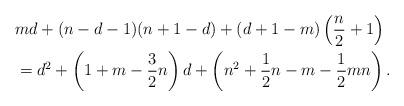
LaTeX: \begin{align*}\begin{aligned} & md + (n-d-1)(n+1-d) + (d+1-m) \left( \frac{n}{2}+1 \right)\\ &= d^2 + \left(1 + m - \frac{3}{2}n \right)d + \left(n^2 + \frac{1}{2}n - m - \frac{1}{2}mn \right).\end{aligned}\end{align*}